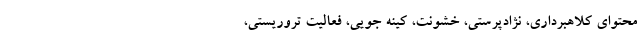
محتوای کلاهبرداری، نژادپرستی، خشونت، کینه جویی، فعالیت تروریستی،